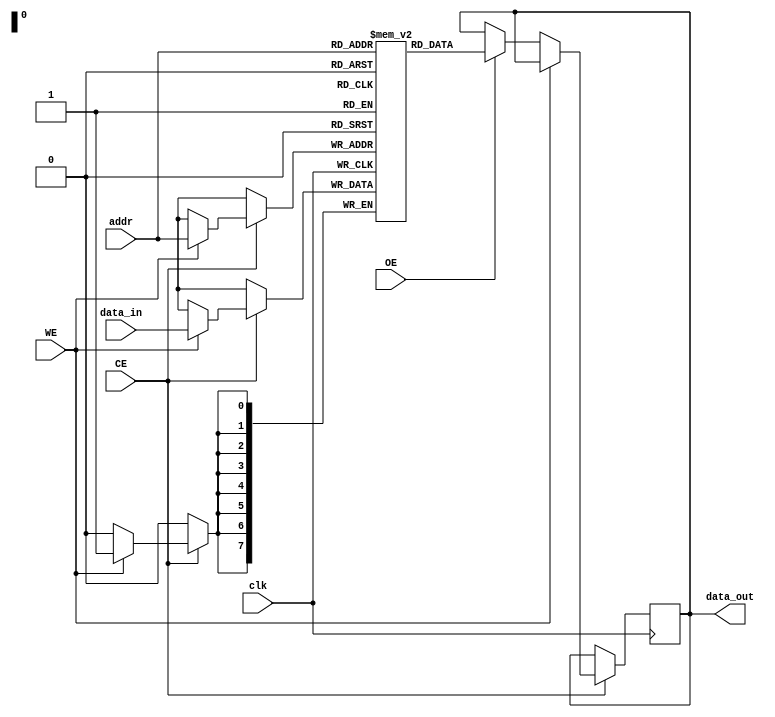
module SRAM #(
    parameter ADDR_WIDTH = 8,              // Address width (256 words max)
    parameter DATA_WIDTH = 8                // Data width (8 bits per word)
)(
    input wire clk,                         // Clock signal
    input wire CE,                          // Chip enable
    input wire WE,                          // Write enable
    input wire OE,                          // Output enable
    input wire [ADDR_WIDTH-1:0] addr,      // Address input
    input wire [DATA_WIDTH-1:0] data_in,   // Data input
    output reg [DATA_WIDTH-1:0] data_out    // Data output
);

    // SRAM memory array declaration
    reg [DATA_WIDTH-1:0] memory_array [(2**ADDR_WIDTH)-1:0];

    // Read/Write operations
    always @(posedge clk) begin
        if (CE) begin         // Check if chip is enabled
            if (WE) begin     // Write operation
                memory_array[addr] <= data_in; // Write data to memory
            end
            else if (OE) begin // Read operation
                data_out <= memory_array[addr]; // Read data from memory
            end
        end
    end

endmodule